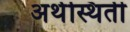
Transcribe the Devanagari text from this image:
अर्थस्थिती